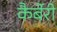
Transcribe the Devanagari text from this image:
कैर्बेरी